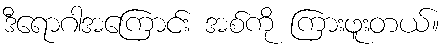
ဒီရောဂါအကြောင်း အစ်ကို ကြားဖူးတယ်။